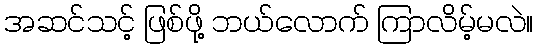
အဆင်သင့် ဖြစ်ဖို့ ဘယ်လောက် ကြာလိမ့်မလဲ။